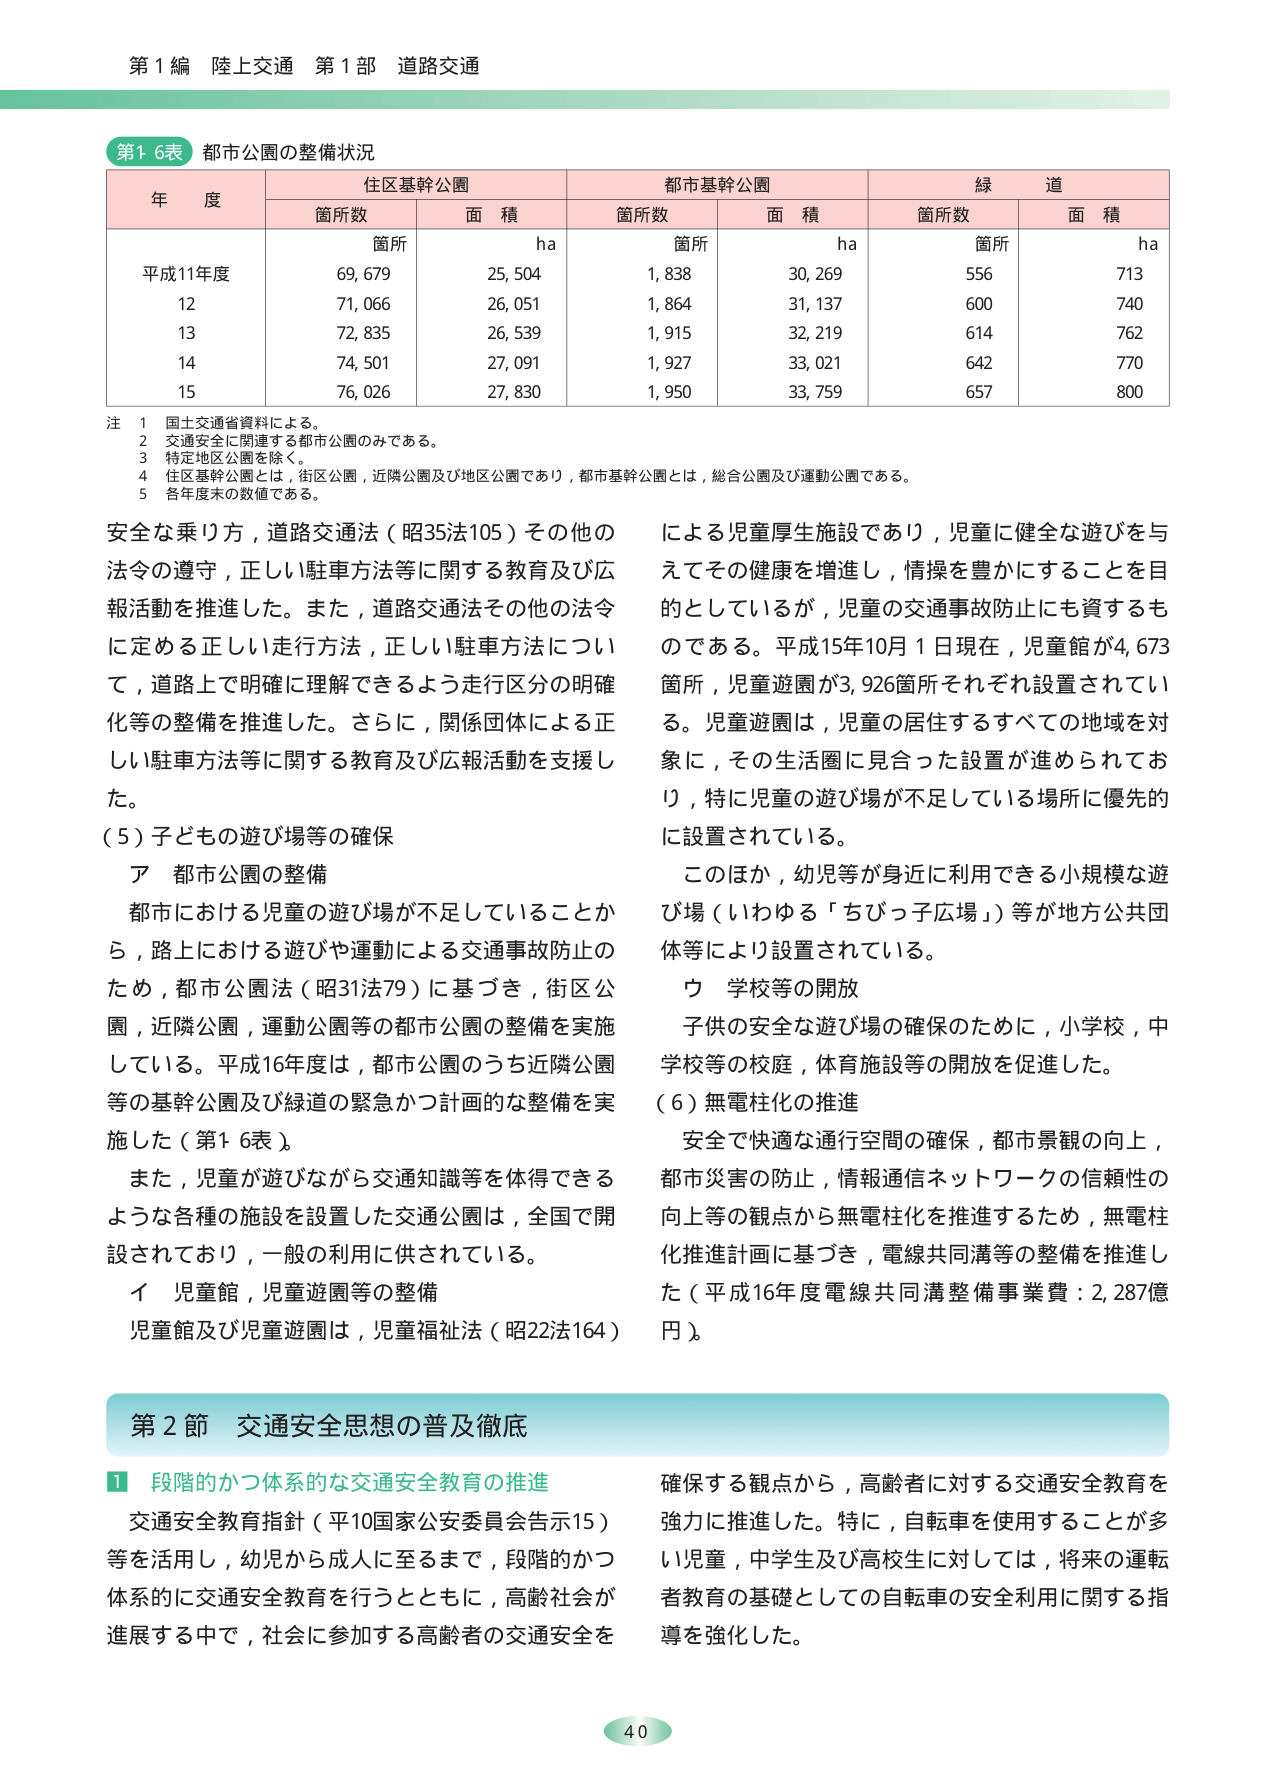
第１編 陸上交通 第１部 道路交通

第16表 都市公園の整備状況

年度 住区基幹公園 都市基幹公園 緑道
　　箇所数 面積ha 箇所数 面積ha 箇所数 面積ha
平成11年度 69,679 25,504 1,838 30,269 556 713
12 71,066 26,051 1,864 31,137 600 740
13 72,835 26,539 1,915 32,219 614 762
14 74,501 27,091 1,927 33,021 642 770
15 76,026 27,830 1,950 33,759 657 800

注 1 国土交通省資料による。
　2 交通安全に関連する都市公園のみである。
　3 特定地区公園を除く。
　4 住区基幹公園とは，街区公園，近隣公園及び地区公園であり，都市基幹公園とは，総合公園及び運動公園である。
　5 各年度末の数値である。

安全な乗り方，道路交通法（昭35法105）その他の法令の遵守，正しい駐車方法等に関する教育及び広報活動を推進した。また，道路交通法その他の法令に定める正しい走行方法，正しい駐車方法について，道路上で明確に理解できるよう走行区分の明確化等の整備を推進した。さらに，関係団体による正しい駐車方法等に関する教育及び広報活動を支援した。

（5）子どもの遊び場等の確保

ア 都市公園の整備

都市における児童の遊び場が不足していることから，路上における遊びや運動による交通事故防止のため，都市公園法（昭31法79）に基づき，街区公園，近隣公園，運動公園等の都市公園の整備を実施している。平成16年度は，都市公園のうち近隣公園等の基幹公園及び緑道の緊急かつ計画的な整備を実施した（第16表）。

また，児童が遊びながら交通知識等を体得できるような各種の施設を設置した交通公園は，全国で開設されており，一般の利用に供されている。

イ 児童館，児童遊園等の整備

児童館及び児童遊園は，児童福祉法（昭22法164）による児童厚生施設であり，児童に健全な遊びを与えてその健康を増進し，情操を豊かにすることを目的としているが，児童の交通事故防止にも資するものである。平成15年10月1日現在，児童館が4,673箇所，児童遊園が3,926箇所それぞれ設置されている。児童遊園は，児童の居住するすべての地域を対象に，その生活圏に見合った設置が進められており，特に児童の遊び場が不足している場所に優先的に設置されている。

このほか，幼児等が身近に利用できる小規模な遊び場（いわゆる「ちびっ子広場」）等が地方公共団体等により設置されている。

ウ 学校等の開放

子供の安全な遊び場の確保のために，小学校，中学校等の校庭，体育施設等の開放を促進した。

（6）無電柱化の推進

安全で快適な通行空間の確保，都市景観の向上，都市災害の防止，情報通信ネットワークの信頼性の向上等の観点から無電柱化を推進するため，無電柱化推進計画に基づき，電線共同溝等の整備を推進した（平成16年度電線共同溝整備事業費：2,287億円）。

第2節 交通安全思想の普及徹底

1 段階的かつ体系的な交通安全教育の推進

交通安全教育指針（平10国家公安委員会告示15）等を活用し，幼児から成人に至るまで，段階的かつ体系的に交通安全教育を行うとともに，高齢社会が進展する中で，社会に参加する高齢者の交通安全を確保する観点から，高齢者に対する交通安全教育を強力に推進した。特に，自転車を使用することが多い児童，中学生及び高校生に対しては，将来の運転者教育の基礎としての自転車の安全利用に関する指導を強化した。

40